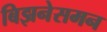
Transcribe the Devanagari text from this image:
बिझनेसमन